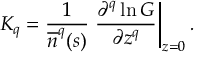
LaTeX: { \cal D } _ { n k } : = \left( \frac { \partial ^ { 2 } } { \partial r ^ { 2 } } + \frac { 2 } { r } \frac { \partial } { \partial r } - \frac { 1 } { r ^ { 2 } } { \bf I \! L } ^ { 2 } \right) \delta _ { n k } - { \cal M } _ { n k } ^ { 2 }